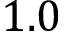
1 . 0